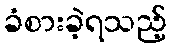
ခံစားခဲ့ရသည့်